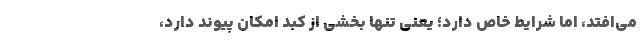
می‌افتد، اما شرایط خاص دارد؛ یعنی تنها بخشی از کبد امکان پیوند دارد،